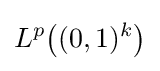
L^{p}{\bigl (}(0,1)^{k}{\bigr )}